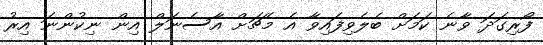
ފޯރިގަދަ ވާނެ ކަމަށް ބެލެވިފައިވާ އެ މެޗަށް އާސެނަލް އިން ނިކުންނަ އިރު